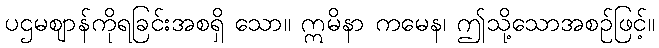
ပဌမဈာန်ကိုရခြင်းအစရှိ သော။ ဣမိနာ ကမေန၊ ဤသို့သောအစဉ်ဖြင့်။